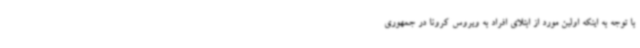
با توجه به اینکه اولین مورد از ابتلای افراد به ویروس کرونا در جمهوری